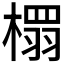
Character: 𮲹